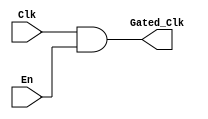
module ClockGatingCell (
    input wire Clk,       // Main clock input
    input wire En,        // Enable signal
    output wire Gated_Clk // Gated clock output
);
    // Gated clock logic: AND the enable with the clock
    assign Gated_Clk = Clk & En;
endmodule